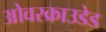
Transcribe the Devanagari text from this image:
ओवरक्राउडेड